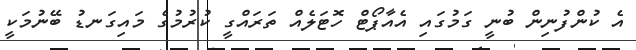
އެ ކުންފުނިން ބުނީ ގަމުގައި އެއާޕޯޓް ހޮޓަލެއް ތަރައްގީ ކުރުމުގެ މައިގަނޑު ބޭނުމަކީ